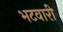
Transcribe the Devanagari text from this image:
भटवारी